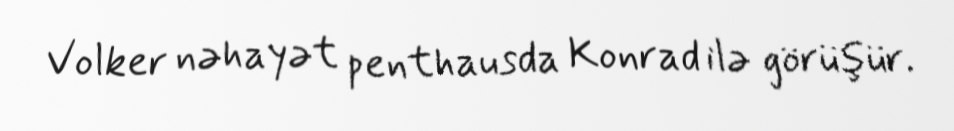
Volker nəhayət penthausda Konrad ilə görüşür.